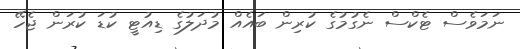
ނަމަވެސް ޓެކްސް ނެގުމުގެ ކުރިން ބައެއް މުދަލުގެ ޑިއުޓީ ކުޑަ ކުރަން ޖެހޭ